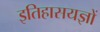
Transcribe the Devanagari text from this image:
इतिहासयज्ञों